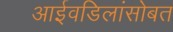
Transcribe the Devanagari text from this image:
आईवडिलांसोबत